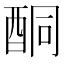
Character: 酮